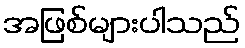
အဖြစ်များပါသည်